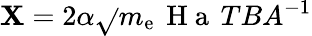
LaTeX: {\mathbf{X}=2\alpha\sqrt{}{{m_{\mathrm{{e}}}\, \mathrm{{~H~a~}}}}\, TBA^{-1}}